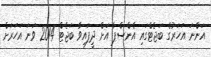
އަންނަ އަހަރުގެ ބަޖެޓްގައި އެންސްޕާ އަށް ދީފައިވާ ބަޖެޓް 2014 ވަނަ އަހަރަށް